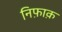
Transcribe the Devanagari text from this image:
निफ़ाक़